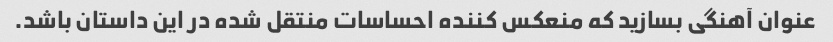
عنوان آهنگی بسازید که منعکس کننده احساسات منتقل شده در این داستان باشد.